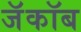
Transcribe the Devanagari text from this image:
जॅकॉब